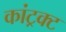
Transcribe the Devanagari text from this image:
कांट्रक्ट